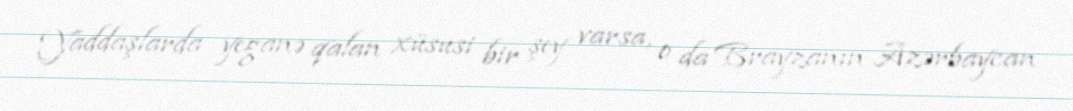
Yaddaşlarda yeganə qalan xüsusi bir şey varsa, o da Brayzanın Azərbaycan